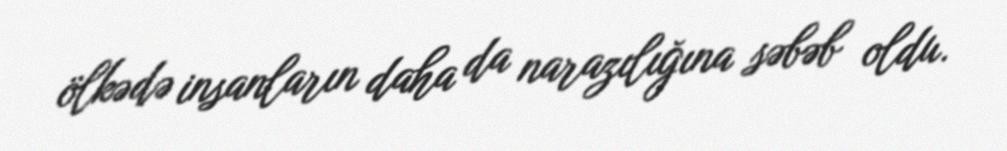
ölkədə insanların daha da narazılığına səbəb oldu.